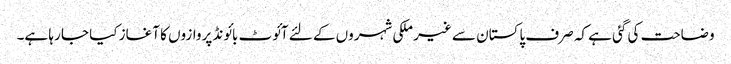
وضاحت کی گئی ہے کہ صرف پاکستان سے غیر ملکی شہروں کے لئے آئوٹ بائونڈ پروازوں کا آغاز کیا جا رہا ہے۔